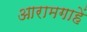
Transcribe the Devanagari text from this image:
आरामगाहें